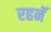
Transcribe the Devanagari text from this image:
रहनॅ